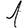
Digit: 1